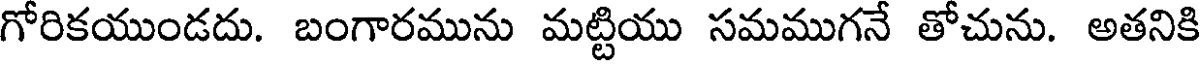
గోరికయుండదు. బంగారమును మట్టియు సమముగనే తోచును. అతనికి